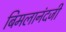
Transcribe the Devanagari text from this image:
बिमलानंदजी